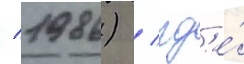
/ 1986) / гд'е́